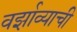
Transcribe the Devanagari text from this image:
वर्झाव्याची